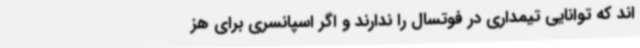
اند که توانایی تیمداری در فوتسال را ندارند و اگر اسپانسری برای هز